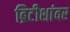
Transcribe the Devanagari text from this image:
ब्रिटीशांवर